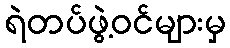
ရဲတပ်ဖွဲ့ဝင်များမှ